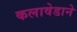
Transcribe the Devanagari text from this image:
कलावेडाने